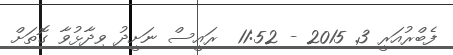
ފެބްރުއަރީ 3